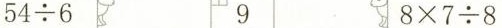
$$5 4 \div 6$$ 9 $$8 \times 7 \div 8$$